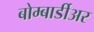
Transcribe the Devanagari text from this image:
बोम्बार्डीअर